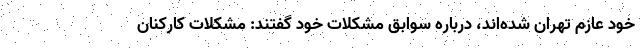
خود عازم تهران شده‌اند، درباره سوابق مشکلات خود گفتند: مشکلات کارکنان